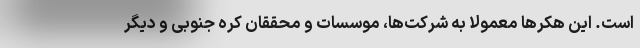
است. این هکرها معمولا به شرکت‌ها، موسسات و محققان کره جنوبی و دیگر